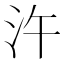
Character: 汻